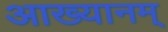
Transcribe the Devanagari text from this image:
आख्यानम्